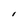
Character: I